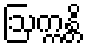
ဩက္ကန္တိ